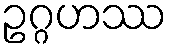
ဥဂ္ဂဟဿ